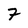
Character: 7